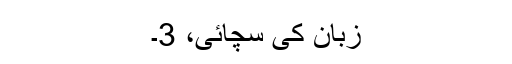
زبان کی سچائی، 3۔